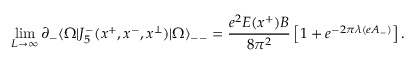
\operatorname * { l i m } _ { L \rightarrow \infty } \partial _ { - } \langle \Omega | J _ { 5 } ^ { - } ( x ^ { + } , x ^ { - } , x ^ { \perp } ) | \Omega \rangle _ { -- } = { \frac { e ^ { 2 } E ( x ^ { + } ) B } { 8 \pi ^ { 2 } } } \left[ 1 + e ^ { - 2 \pi \lambda ( e A _ { - } ) } \right] .